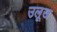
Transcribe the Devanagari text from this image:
उलूख